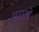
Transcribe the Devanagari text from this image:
भूदासों